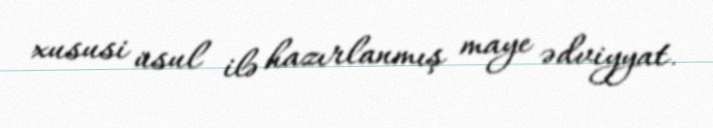
xususi üsul ilə hazırlanmış maye ədviyyat.